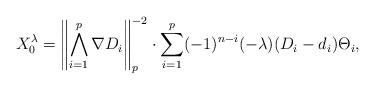
LaTeX: \begin{align*}X_{0}^{\lambda}=\left\| \bigwedge_{i=1}^{p} \nabla D_i\right\|_{p}^{-2}\cdot\sum_{i=1}^{p}(-1)^{n-i}(-\lambda)(D_i - d_i)\Theta_i, \end{align*}